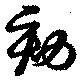
劾